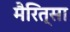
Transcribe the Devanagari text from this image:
मैरित्सा